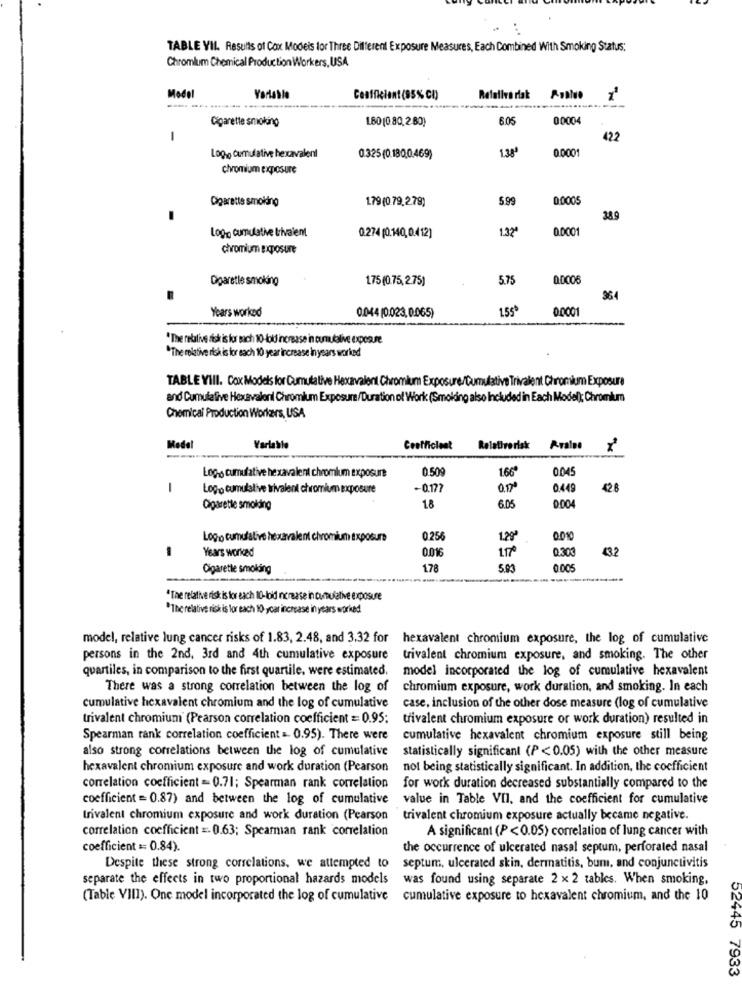
TABLE VII. Results of Cox Models for Three Different Exposure Measures, Each Combined With Smoking Status:
Chromlum Chemical Production Workers, USA
Model
Ceafficient (95% CO)
Relativa risk
Cigarette smoking
180 (0.80,280)
6.05
00004
1
422
1.38'
0.0001
100% Cumulative hexavalent
0.325 (0.180,0.469)
chromium exposure
Cigarette smoking
1.79(0.79.279)
599
0.0005
389
Log, cumulathe trivalent
1.32
0.0001
0.274 (0.140,0.412)
chromium exposure
Ogaretle smoking
175(0.75,2.75)
5.75
0.0006
364
Years worked
1.55
0.0001
0.044 (0.023.0.065)
" The relative risk is for mach 10-fold increase in cumulalive exposure
"The relative risk is for each 10 year increase in years worked
TABLE VIII. Cox Models for Cumulative
omlum Exposure/Cumulative Trivalent Chromium Exposure
and Cumulative Hexavalonil Chromium Exposure/Duration of Work (Smoking also Included in Each Model); Chromium
Chemical Production Workers, USA
Model
Variable
Coefficient
Relativerisk
Praise
--
1.66
0045
Logo cumulative hexavalent chromium exposure
1
Logo cumulalive trivalent chromium exposure
-0.17?
0.449
428
6.05
Cigarette smoking
18
0004
Logo cumulative hexava
lent chromium Exposure
0.256
1.29
-
0.016
1.17º
432
Years worked
0.300
Cigarette smoking
178
5.00
2005
"The relative risk is for each 10-lold increase in cumulative exposure
"The relative risk is for each 10 ycar increase in years worked
model, relative lung cancer risks of 1.83, 2.48, and 3.32 for hexavalent chromium exposure, the log of cumulative
persons in the 2nd, 3rd and 4th cumulative exposure trivalent chromium exposure, and smoking. The other
quartiles, in comparison to the first quartile, were estimated,
model incorporated the log of cumulative hexavalent
There was a strong correlation between the log of
chromium exposure, work duration, and smoking. In each
cumulative hexavalent chromium and the log of cumulative
case, inclusion of the other dose measure (log of cumulative
trivalent chromium (Pearson correlation coefficient = 0.95:
trivalent chromium exposure or work duration) resulted in
Spearman rank correlation coefficient = 0.95). There were
cumulative hexavalent chromium exposure still being
also strong correlations between the log of cumulative
statistically significant (P <0.05) with the other measure
hexavalent chromium exposure and work duration (Pearson
not being statistically significant. In addition, the coefficient
correlation coefficient = 0.71; Spearman rank correlation
for work duration decreased substantially compared to the
coefficient = 0.87) and between the log of cumulative
value in Table VII, and the coefficient for cumulative
trivalent chromium exposure and work duration (Pearson
trivalent chromium exposure actually became negative.
correlation coefficient = 0.63; Spearman rank correlation
A significant (P <0.05) correlation of lung cancer with
coefficient == 0.84).
the occurrence of ulcerated nasal septum, perforated nasal
Despite these strong correlations, we attempted to
septum, ulcerated skin, dermatitis, bum, and conjunctivitis
separate the effects in two proportional hazards models
was found using separate 2 x 2 tables. When smoking,
(Table VIII). One model incorporated the log of cumulative
cumulative exposure to hexavalent chromium, and the 10
02445 7933